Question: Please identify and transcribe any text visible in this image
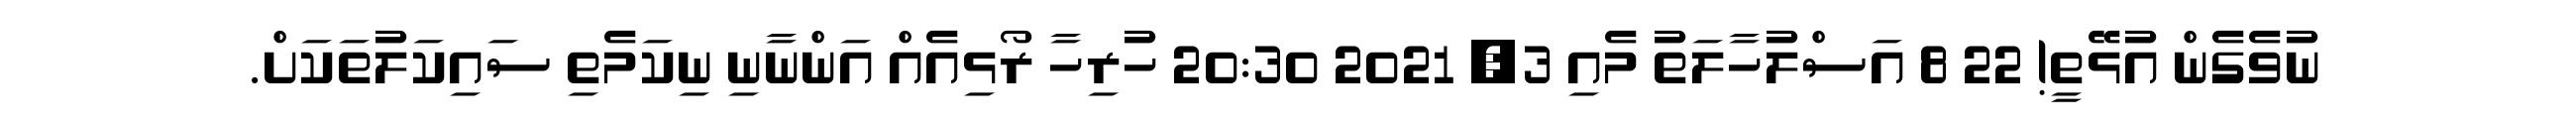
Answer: ނުވެގެން އުޅޭތީ! 22 8 އަސްލުހާލަތު މެއި 3, 2021 20:30 ހުރިހާ ރޯޅިއެއް އަންނާނި ނިކަމެތި ސައިކަލުތަކަށް.